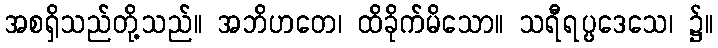
အစရှိသည်တို့သည်။ အဘိဟတေ၊ ထိခိုက်မိသော။ သရီရပ္ပဒေသေ၊ ၌။